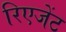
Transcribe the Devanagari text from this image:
रिएजेंट